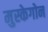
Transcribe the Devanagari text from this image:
मुस्केगोन